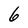
Character: 6